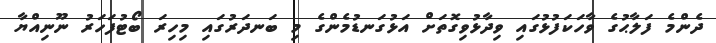
ދެންމެ ފަލާޙުގެ ވާހަކަފުޅުގައި ވިދާޅުވިގޮތަށް އަޅުގަނޑުމެންގެ މި ބަނދަރުގައި މިހިރަ ބޯޓުފަހަރު ނޫނިއްޔާ